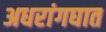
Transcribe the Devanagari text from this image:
अधरांगघात